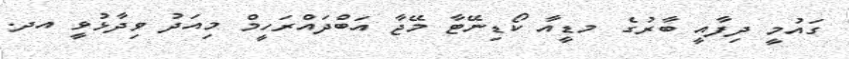
ގައުމީ ދިފާއީ ބާރުގެ މޑީއާ ކޯޑިނޭޓާ މޭޖާ އަބްދައްރަހީމް މިއަދު ވިދާޅުވީ އދ.